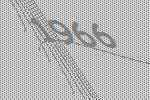
1966